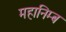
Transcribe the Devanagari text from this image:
महानिम्ब